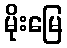
မိုးမြေ